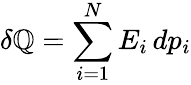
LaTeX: \delta\mathbb{Q}=\sum_{i=1}^{N}E_{i}\, dp_{i}